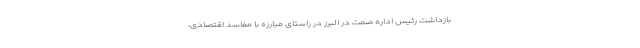
بازداشت رئیس اداره صمت در البرز در راستای مبارزه با مفاسد اقتصادی،